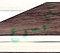
اليسوع